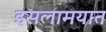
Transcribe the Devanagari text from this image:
इसलामयात